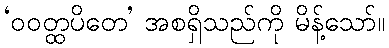
‘ဝဝတ္ထပိတေ’ အစရှိသည်ကို မိန့်သော်။